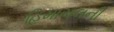
હિમાચલની